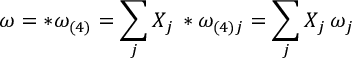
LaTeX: \omega = * \omega _ { ( 4 ) } = \sum _ { j } X _ { j } \, * \omega _ { ( 4 ) j } = \sum _ { j } X _ { j } \, \omega _ { j }